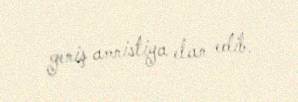
geniş amnistiya elan edib.